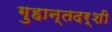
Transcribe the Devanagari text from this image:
गुहान्तदर्शी